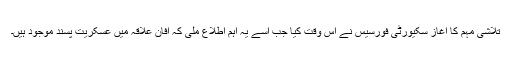
تلاشی مہم کا آغاز سکیورٹی فورسیس نے اُس وقت کیا جب اُسے یہ اہم اطلاع ملی کہ آفان علاقہ میں عسکریت پسند موجود ہیں۔